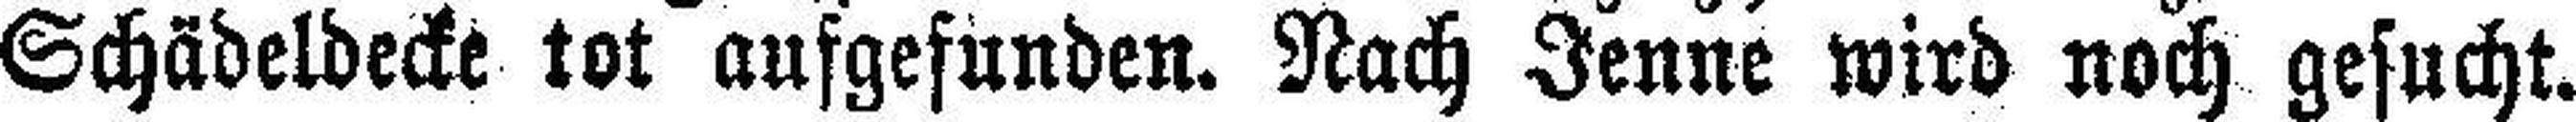
Schädeldecke tot aufgefunden. Nach Jenne wird noch gesucht.